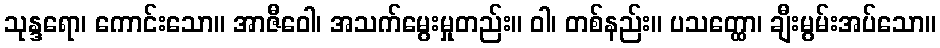
သုန္ဒရော၊ ကောင်းသော။ အာဇီဝေါ၊ အသက်မွေးမှုတည်း။ ဝါ၊ တစ်နည်း။ ပသတ္ထော၊ ချီးမွမ်းအပ်သော။